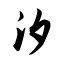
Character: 汐